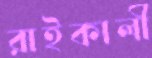
রাইকালী